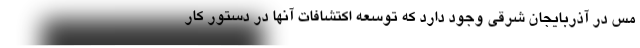
مس در آذربایجان شرقی وجود دارد که توسعه اکتشافات آنها در دستور کار